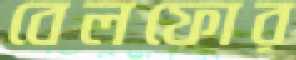
বেলফোর